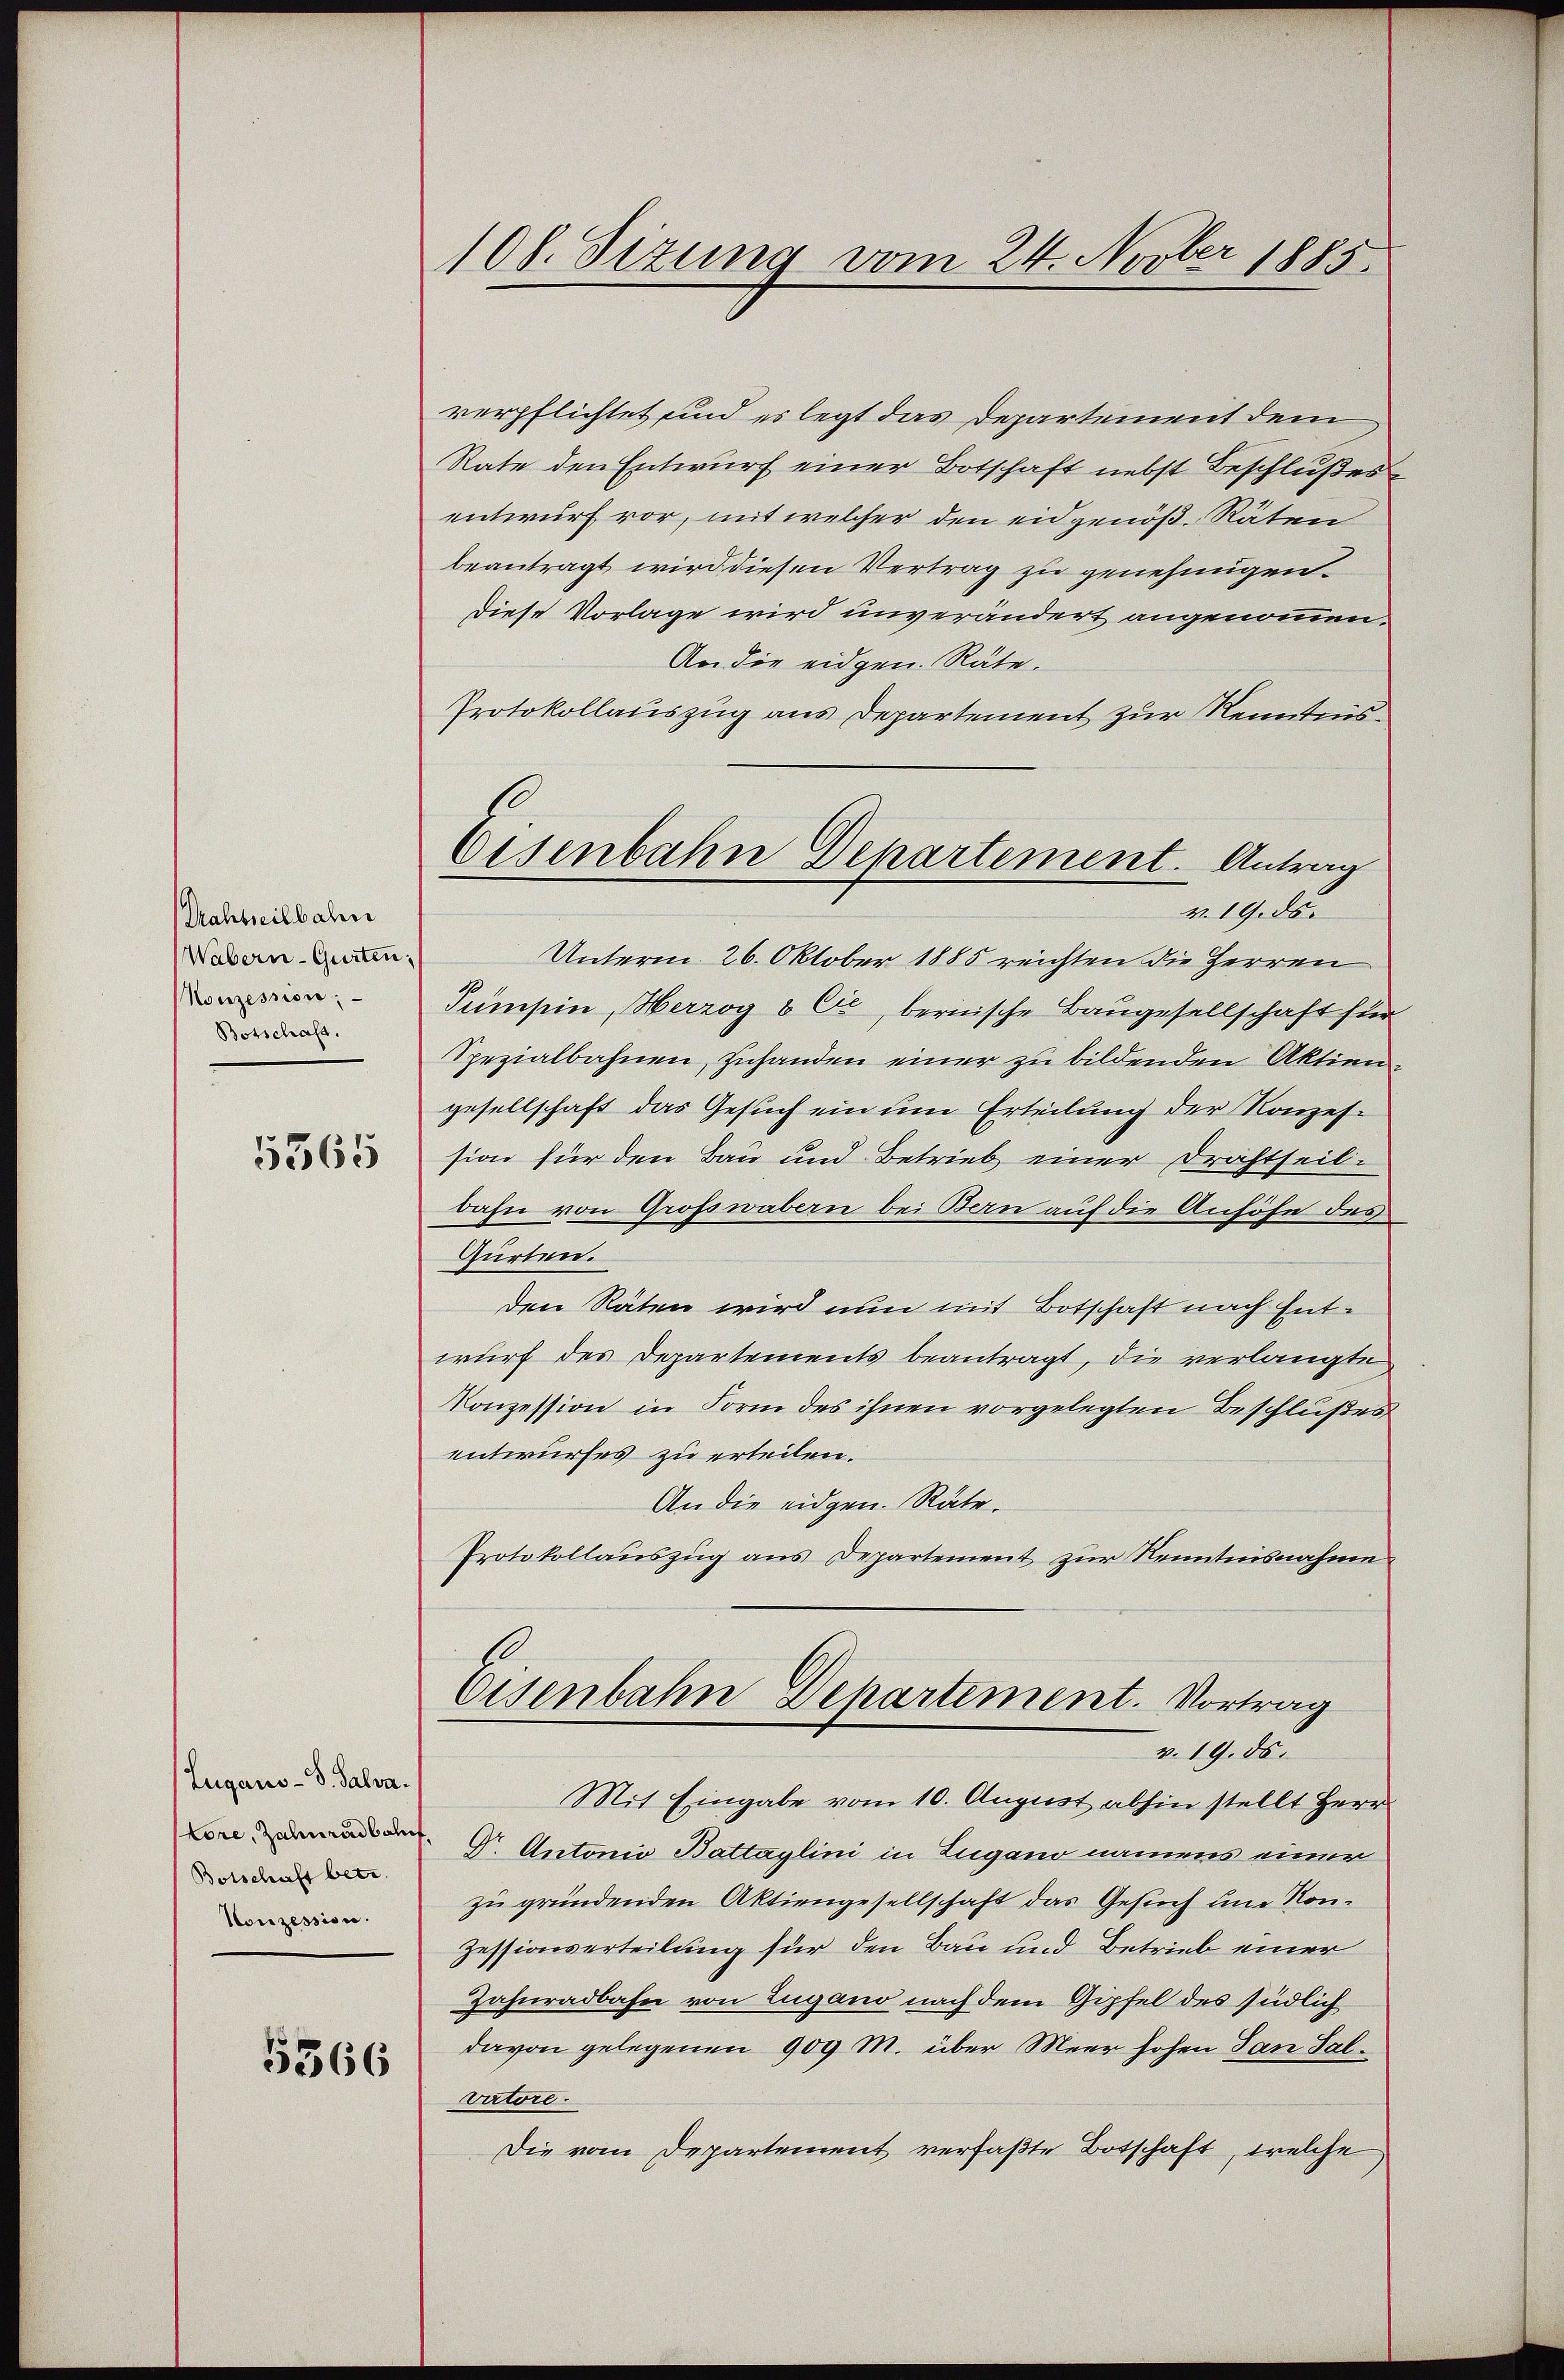
Prahteilbahn
Wabern-Gurten,
Konzession;
Botschaft.

5365

Lugano-S. Salva.
Botschaft betr.
Konzession.

5366

108. Sizung vom 24. Novber 1885.

verpflichtet sind es legt das Departement dem
Rate den Entwurf einer Botschaft nebst Beschlußes
entwurf vor, mit welcher den eidgenöß. Räten
beantragt wird diesen Vertrag zu genehmigen.
Diese Vorlage wird unverändert angenommen.
An die eidgen. Räte.
Protokollauszug aus Departement zur Kenntnis¬
Unterm 26. Oktober 1885 reichten die Herren
Sumpin, Herzog & Cie, bernische Baugesellschaft für
Spezialbahnen, zuhanden einer zu bildenden Aktiengesellschaft das Gesuch ein um Erteilung der Konzession für den Bau und Betrieb einer Drahtheil-
bahn von Grofswäbern bei Bern auf die Anhöhe des
Gürten.
den Räten wird nun mit Botschaft nach Entwurf des Departements beantragt, die verlangte
Konzession in Form des ihnen vorgelegten Beschlußes
entwurfes zu erteilen.
An die eidgen. Räte.
Protokollauszug aus Departement zur Kenntnisnahme
Eisenbahn Departement. Vortrag
v. 19. ds.
Mit Eingabe vom 10. August abhin stellt Herr
Gr. Antonio Battaglini in Lugano namens einer
zu gründenden Aktiengesellschaft das Gesuch um Kon¬
Zessionserteilung für den Bau und Betrieb einer
Zahnradbahn von Zugano nach dem Gipfel des südlich
davon gelegenen 909 M. über Meer hohen San Salvatore.
Die vom Departement verfaßte Botschaft, welche,

Eisenbahn Departement. Antrag
v. 19. ds.